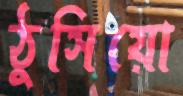
ঠুসিয়ো